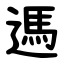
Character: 遤